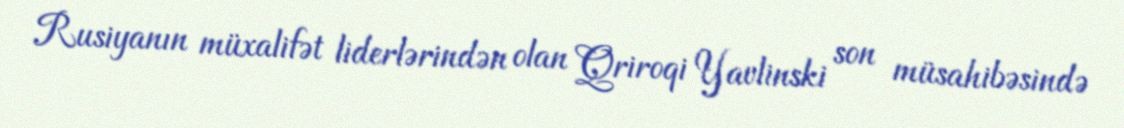
Rusiyanın müxalifət liderlərindən olan Qriroqi Yavlinski son müsahibəsində